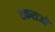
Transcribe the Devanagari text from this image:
टकराओ